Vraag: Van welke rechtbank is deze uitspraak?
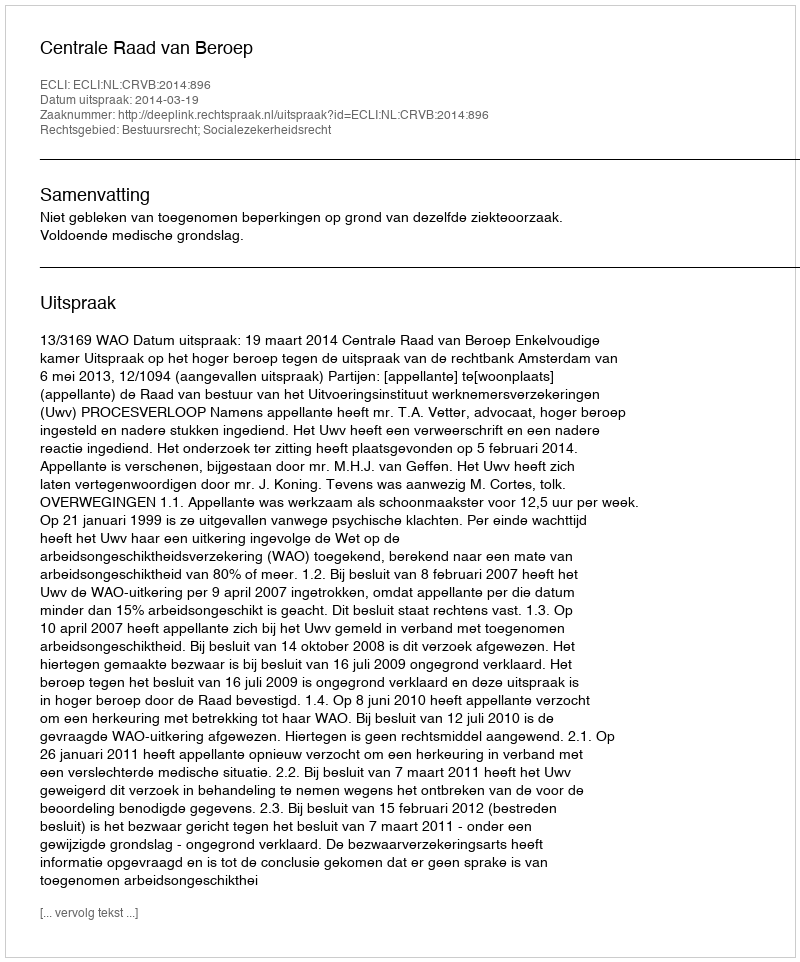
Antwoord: Centrale Raad van Beroep